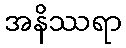
အနိဿရာ